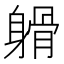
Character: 𨉦